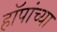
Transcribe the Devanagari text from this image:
हॉपांच्या